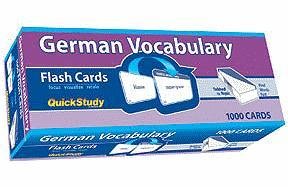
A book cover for German Vocabulary (Academic); Inc. BarCharts; Reference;